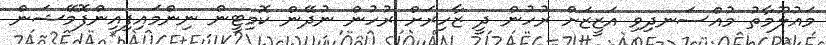
މައުލޫމާތު މުއްސަނދިވި އަޒީޒަށް ރުހުން ދީ ޒާހިރަށް ރުހުން ނުދޭން ކޮމިޓީން ނިންމައިފިއިންފޮމޭޝަން